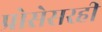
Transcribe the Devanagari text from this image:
प्रोसेसरही